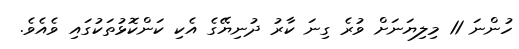
ހުންނަ 11 މިލިޔަނަށް ވުރެ ގިނަ ކާރު ދުނިޔޭގެ އެކި ކަންކޮޅުތަކުގައި ވެއެވެ.